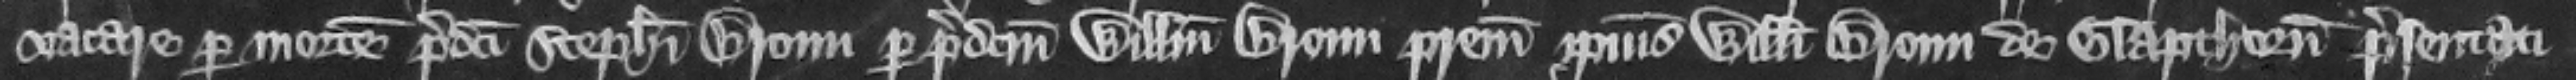
vacare per mortem predicti Stephani Broun per predictum Willelmum Broun patrem ipsius Willelmi Broun de Glapthorn presentati